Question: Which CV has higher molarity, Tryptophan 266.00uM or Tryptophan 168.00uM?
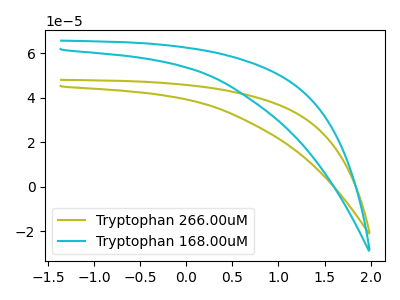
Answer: <think>The olive curve "Tryptophan 266.00uM" has no peaks. The cyan curve "Tryptophan 168.00uM" has no peaks.
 Neither "Tryptophan 266.00uM" or "Tryptophan 168.00uM" have any peaks.</think>
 <answer>I cant tell if "Tryptophan 266.00uM" or "Tryptophan 168.00uM" has higher concentration.</answer>
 <eval>mixed_concentration</eval>